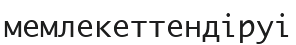
мемлекеттендіруі